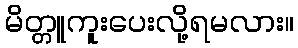
မိတ္တူကူးပေးလို့ရမလား။